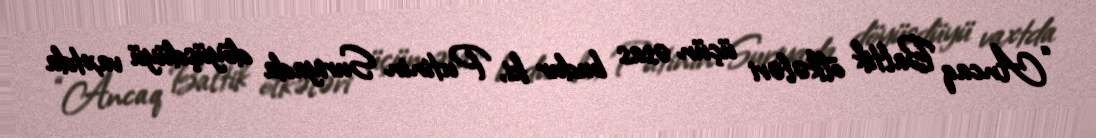
“Ancaq Baltik ölkələri üçün əsas budur ki, Putinin Suriyada döyüşdüyü vaxtda